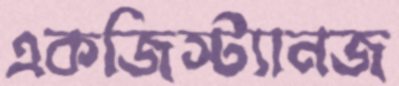
একজিস্ট্যানজ